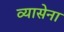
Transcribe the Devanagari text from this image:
व्यासेना